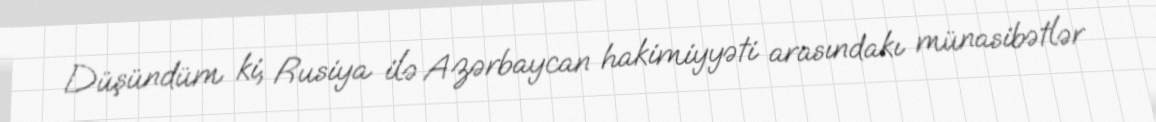
Düşündüm ki, Rusiya ilə Azərbaycan hakimiyyəti arasındakı münasibətlər